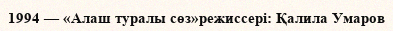
1994 — «Алаш туралы сөз»режиссері: Қалила Умаров